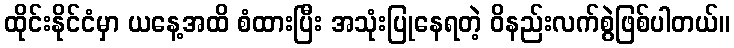
ထိုင်းနိုင်ငံမှာ ယနေ့အထိ စံထားပြီး အသုံးပြုနေရတဲ့ ဝိနည်းလက်စွဲဖြစ်ပါတယ်။